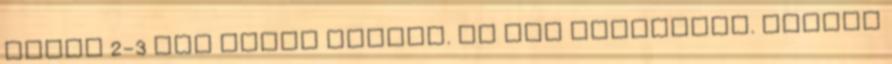
aztán 2-3 nap múlva embiós. Én így csinálnám. Közben